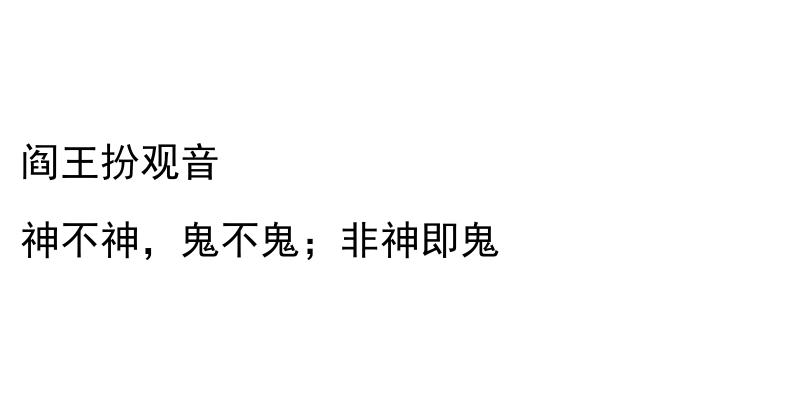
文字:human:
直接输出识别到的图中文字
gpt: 阎王扮观音 神不神，鬼不鬼；非神即鬼